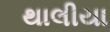
થાલીયા